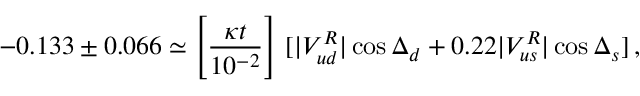
- 0 . 1 3 3 \pm 0 . 0 6 6 \simeq \Bigg [ { \frac { \kappa t } { 1 0 ^ { - 2 } } } \Bigg ] ~ [ | V _ { u d } ^ { R } | \cos \Delta _ { d } + 0 . 2 2 | V _ { u s } ^ { R } | \cos \Delta _ { s } ] \, ,